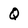
Character: Q